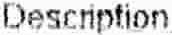
DESCRIPTION